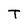
Character: T